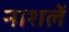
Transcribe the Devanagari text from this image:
नाशलें